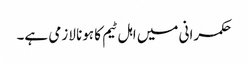
حکمرانی میں اہل ٹیم کا ہونا لازمی ہے۔